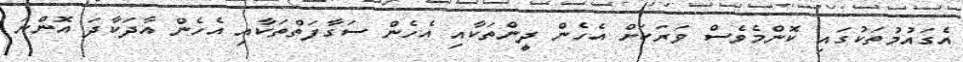
އެގައުމުތަކުގައި ކޮންމެވެސް ވަރަކަށް އެހެން ދީންތަކާއި އެހެން ސަގާފަތްތަކާއި އެހެން އާދަކާދަ އޮންނަ